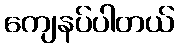
ကျေနပ်ပါတယ်